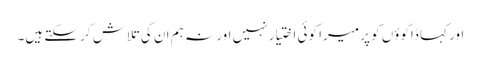
اور کہا ڈاکوؤں کو پر میرا کوئی اختیار نہیں اور نہ ہم ان کی تلاش کر سکتے ہیں۔